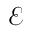
\boldsymbol { \mathcal { E } }